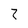
Character: 2